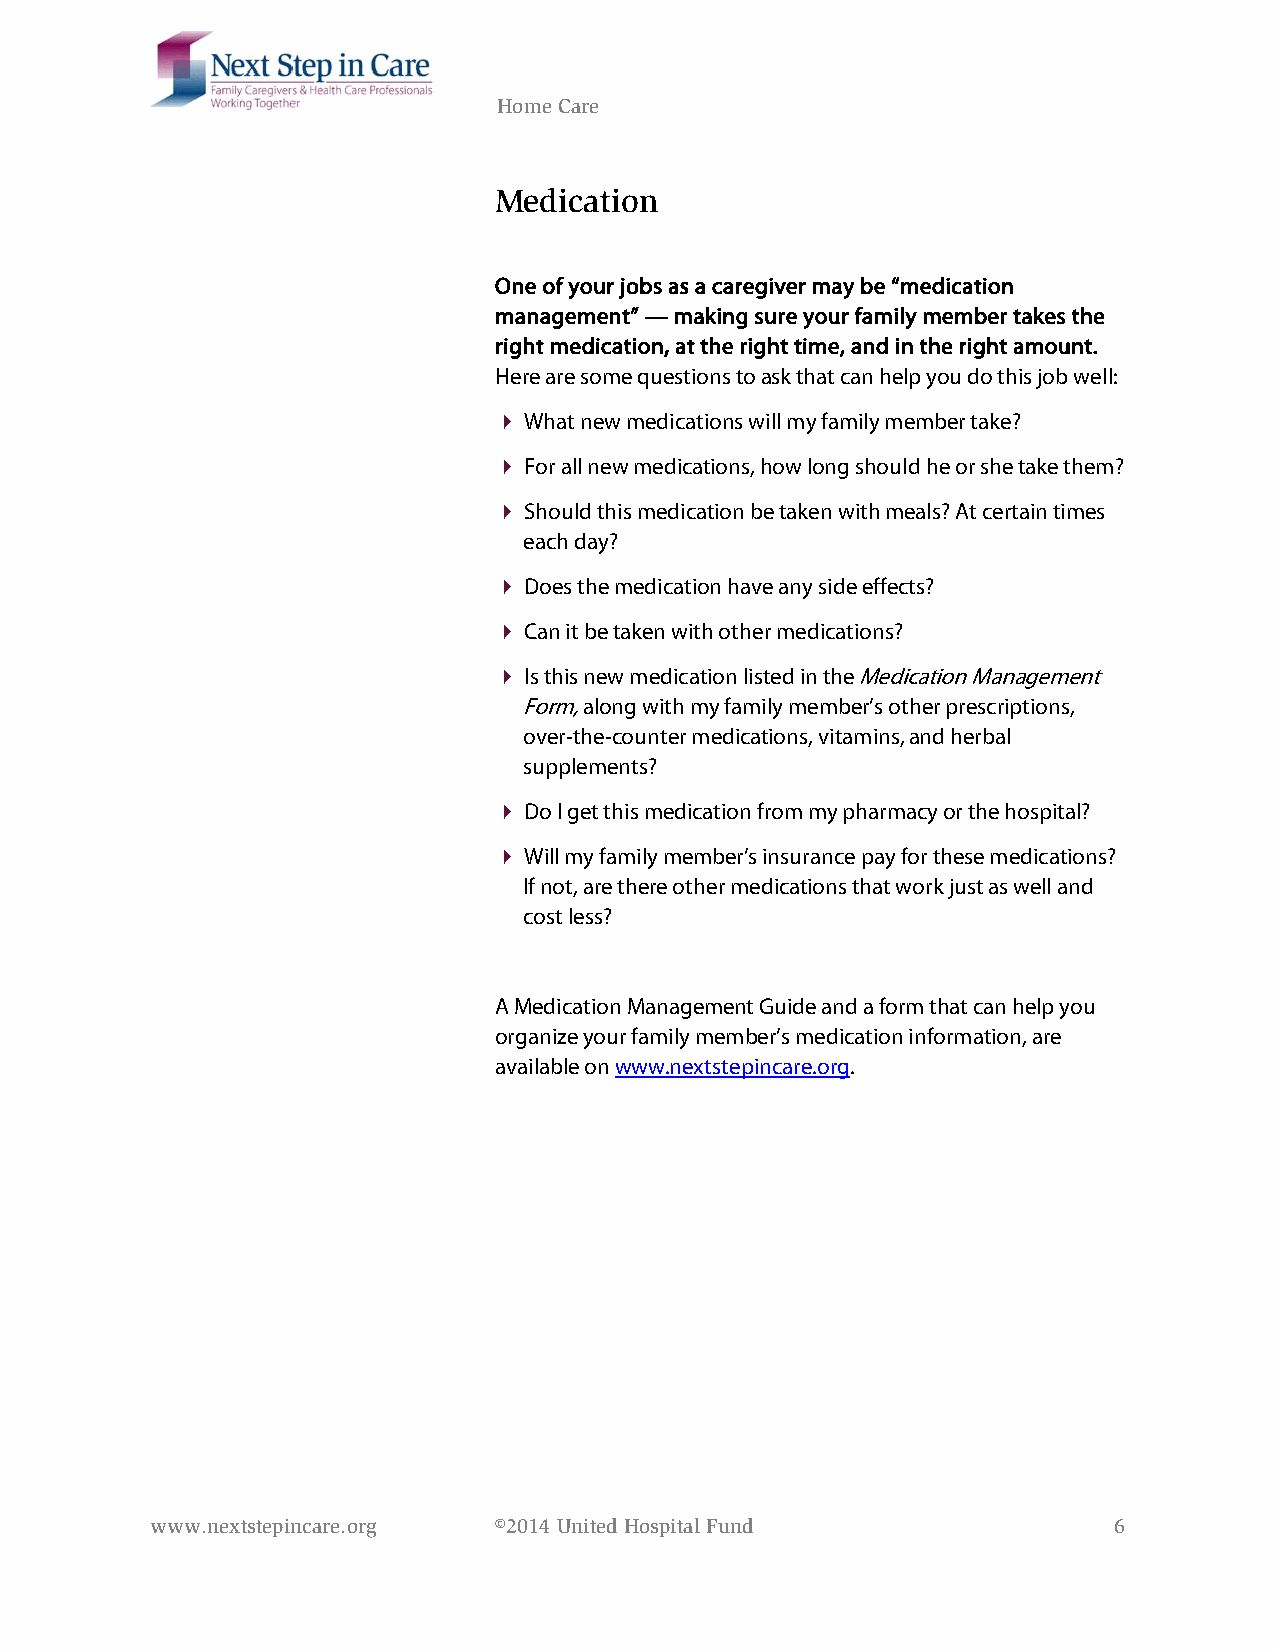
Home Care
 Medication
 One of your jobs as a caregiver may be “medication
 management” — making sure your family member takes the
 right medication, at the right time, and in the right amount.
 Here are some questions to ask that can help you do this job well:
  What new medications will my family member take?
  For all new medications, how long should he or she take them?
  Should this medication be taken with meals? At certain times
 each day?
  Does the medication have any side effects?
  Can it be taken with other medications?
  Is this new medication listed in the Medication Management
 Form, along with my family member’s other prescriptions,
 over-the-counter medications, vitamins, and herbal
 supplements?
  Do I get this medication from my pharmacy or the hospital?
  Will my family member’s insurance pay for these medications?
 If not, are there other medications that work just as well and
 cost less?
 A Medication Management Guide and a form that can help you
 organize your family member’s medication information, are
 available on www.nextstepincare.org.
 www.nextstepincare.org ©2014 United Hospital Fund               6